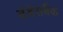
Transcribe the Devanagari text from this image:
बंडेसबैंक